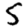
Digit: 5